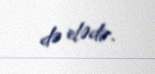
də elədir.